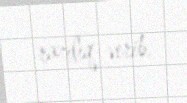
razılıq verib.